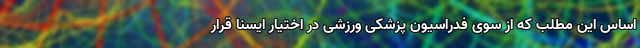
اساس این مطلب که از سوی فدراسیون پزشکی ورزشی در اختیار ایسنا قرار